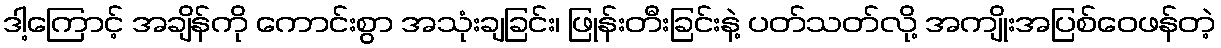
ဒါ့ကြောင့် အချိန်ကို ကောင်းစွာ အသုံးချခြင်း၊ ဖြုန်းတီးခြင်းနဲ့ ပတ်သတ်လို့ အကျိုးအပြစ်ဝေဖန်တဲ့